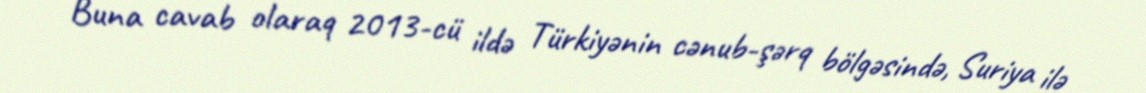
Buna cavab olaraq 2013-cü ildə Türkiyənin cənub-şərq bölgəsində, Suriya ilə